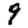
Digit: 9